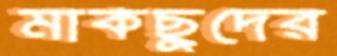
মাকছুদের